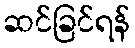
ဆင်ခြင်ရန်